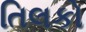
તિલકો